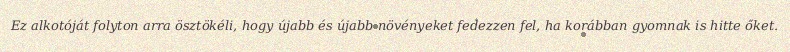
Ez alkotóját folyton arra ösztökéli, hogy újabb és újabb növényeket fedezzen fel, ha korábban gyomnak is hitte őket.